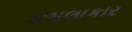
કમલાકાર